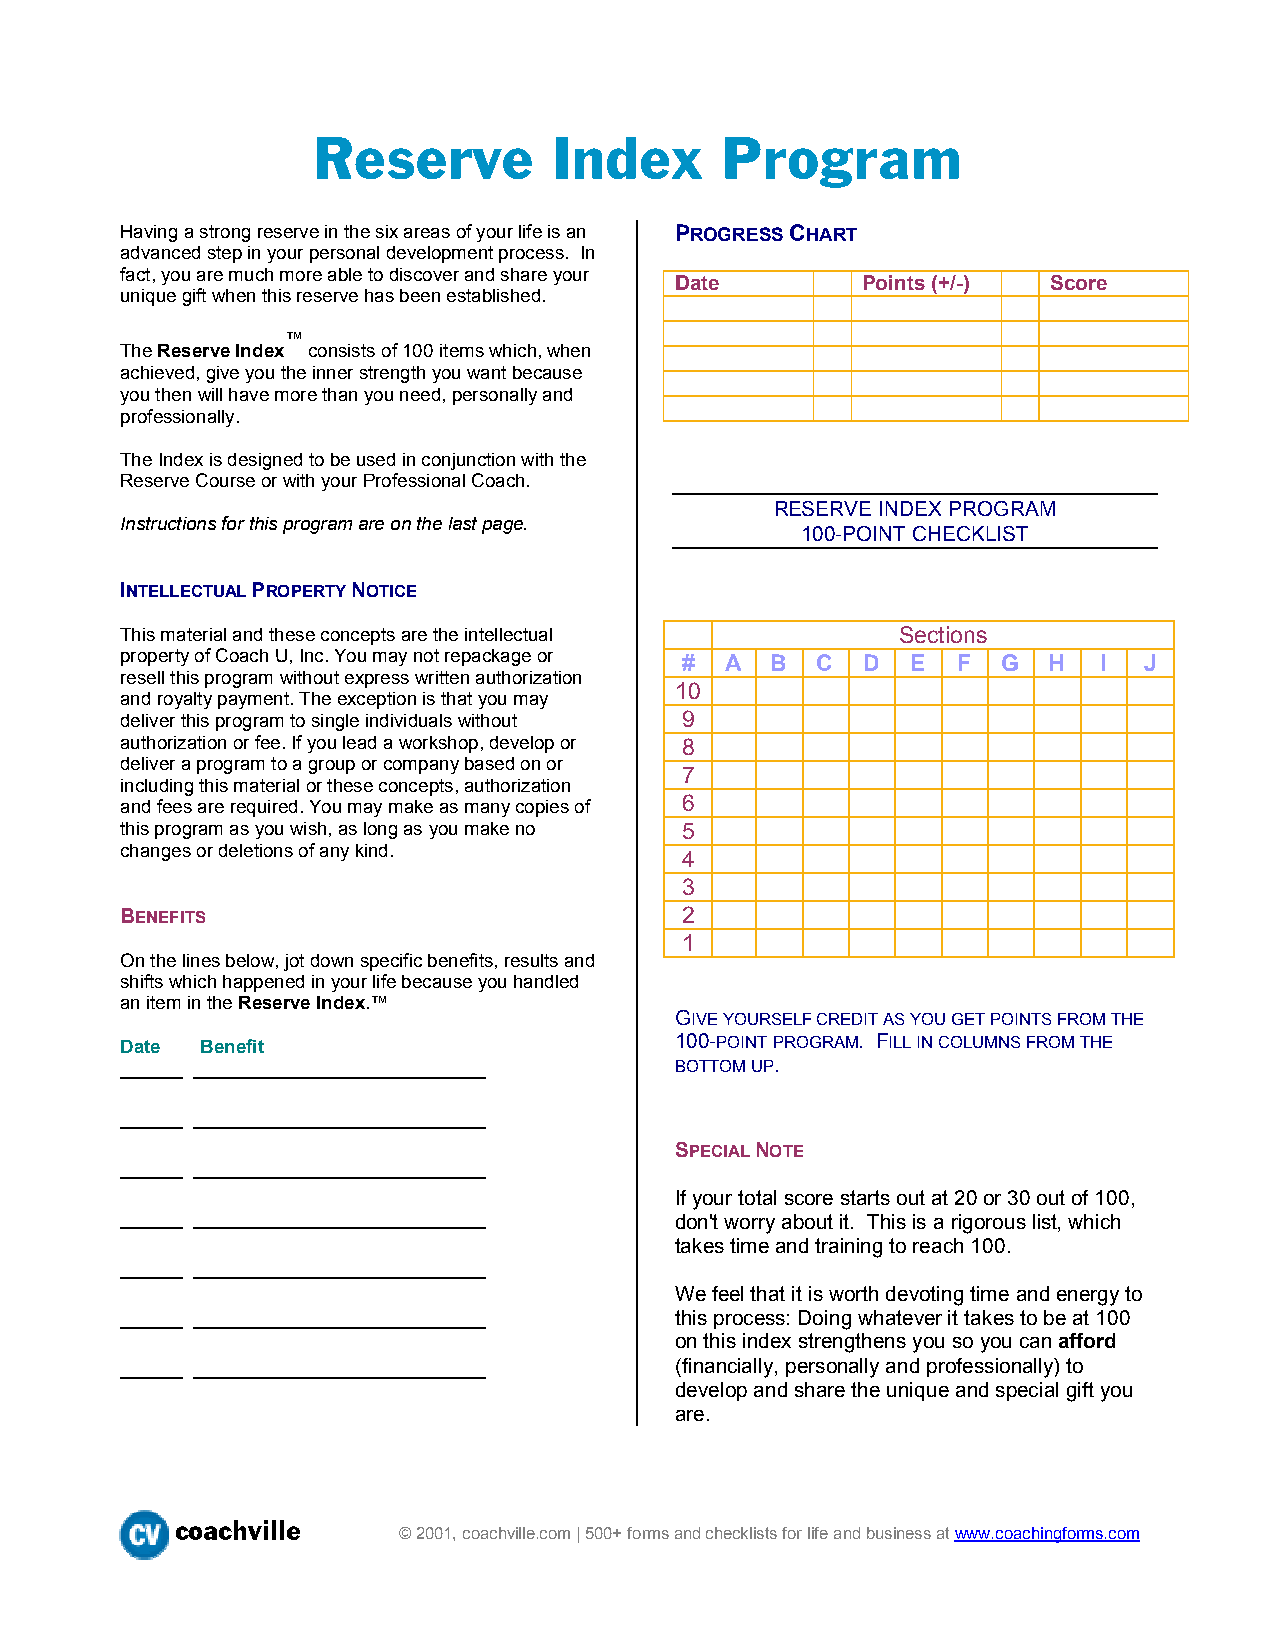
Reserve         Index      Program
 Having a strong reserve in the six areas of your life is an PROGRESS CHART
 advanced step in your personal development process. In
 fact, you are much more able to discover and share your
 Date        Points (+/-) Score
 unique gift when this reserve has been established.
 ™
 The Reserve Index consists of 100 items which, when
 achieved, give you the inner strength you want because
 you then will have more than you need, personally and
 professionally.
 The Index is designed to be used in conjunction with the
 Reserve Course or with your Professional Coach.
 RESERVE INDEX PROGRAM
 Instructions for this program are on the last page.
 100-POINT CHECKLIST
 INTELLECTUAL PROPERTY NOTICE
 This material and these concepts are the intellectual Sections
 property of Coach U, Inc. You may not repackage or # A B C D E F G H I J
 resell this program without express written authorization
 10
 and royalty payment. The exception is that you may
 deliver this program to single individuals without 9
 authorization or fee. If you lead a workshop, develop or 8
 deliver a program to a group or company based on or
 7
 including this material or these concepts, authorization
 and fees are required. You may make as many copies of 6
 this program as you wish, as long as you make no 5
 changes or deletions of any kind.
 4
 3
 BENEFITS                             2
 1
 On the lines below, jot down specific benefits, results and
 shifts which happened in your life because you handled
 an item in the Reserve Index.™
 GIVE YOURSELF CREDIT AS YOU GET POINTS FROM THE
 Date Benefit                         100-POINT PROGRAM. FILL IN COLUMNS FROM THE
 ______ ____________________________  BOTTOM UP.
 ______ ____________________________
 SPECIAL NOTE
 ______ ____________________________
 If your total score starts out at 20 or 30 out of 100,
 ______ ____________________________  don't worry about it. This is a rigorous list, which
 takes time and training to reach 100.
 ______ ____________________________
 We feel that it is worth devoting time and energy to
 ______ ____________________________  this process: Doing whatever it takes to be at 100
 on this index strengthens you so you can afford
 ______ ____________________________  (financially, personally and professionally) to
 develop and share the unique and special gift you
 are.
 coachville
 © 2001, coachville.com | 500+ forms and checklists for life and business at www.coachingforms.com